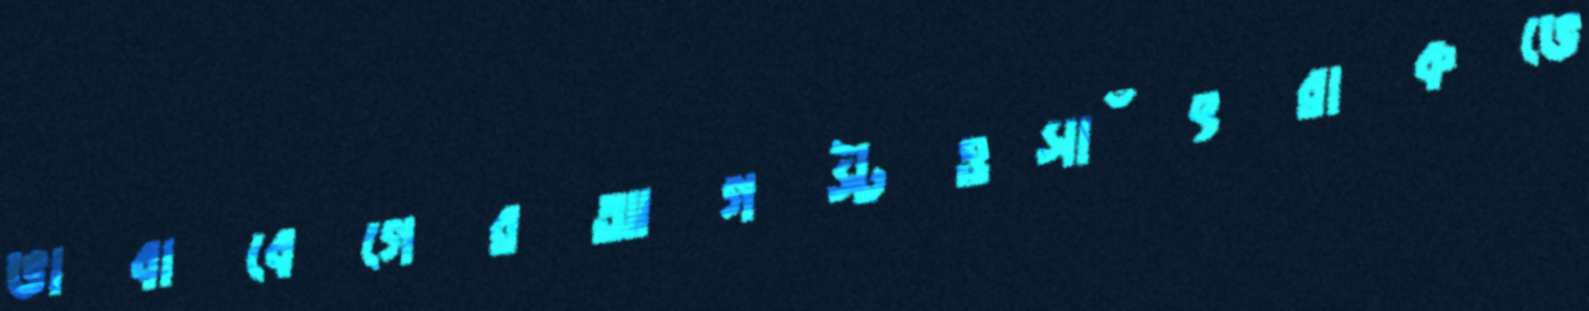
ভাবাবেগেরআগস্টওসাঁৎরাকভে